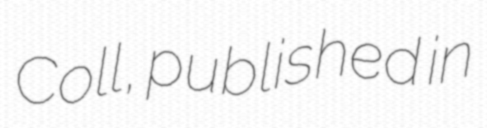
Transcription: Coll, published in